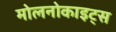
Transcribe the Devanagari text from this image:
मोलनोकाइट्स